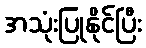
အသုံးပြုနိုင်ပြီး